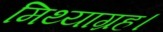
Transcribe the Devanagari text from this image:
मिथ्याग्रह।